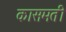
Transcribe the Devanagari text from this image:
कासमती